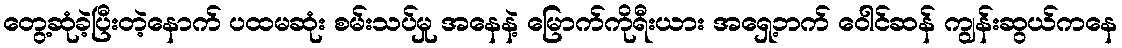
တွေ့ဆုံခဲ့ပြီးတဲ့နောက် ပထမဆုံး စမ်းသပ်မှု အနေနဲ့ မြောက်ကိုရီးယား အရှေ့ဘက် ဝေါင်ဆန် ကျွန်းဆွယ်ကနေ